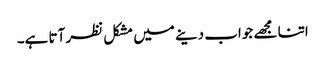
اتنا مجھے جواب دینے میں مشکل نظر آتا ہے۔